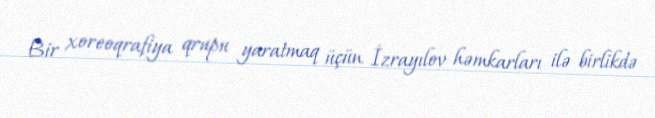
Bir xoreoqrafiya qrupu yaratmaq üçün İzrayılov həmkarları ilə birlikdə